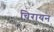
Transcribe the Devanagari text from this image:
चिरायन